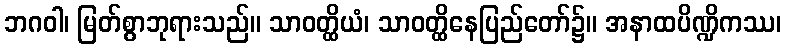
ဘဂဝါ၊ မြတ်စွာဘုရားသည်။ သာဝတ္ထိယံ၊ သာဝတ္ထိနေပြည်တော်၌။ အနာထပိဏ္ဍိကဿ၊